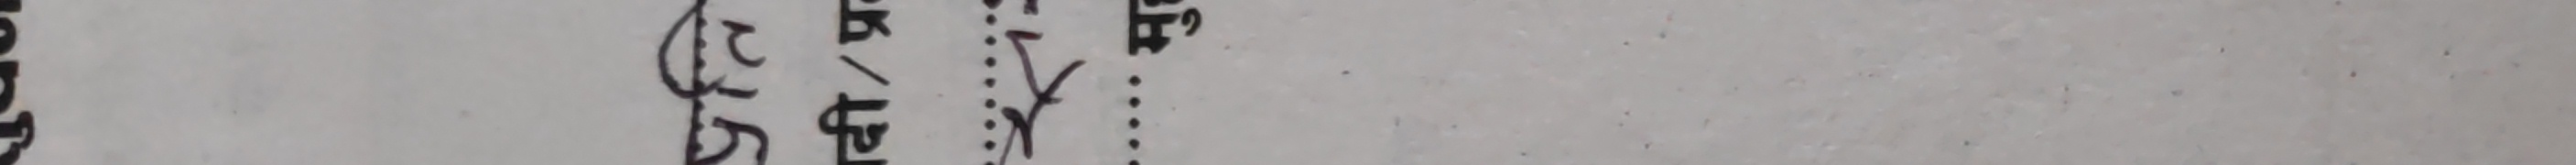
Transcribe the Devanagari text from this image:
गणना
२ १ १ ८
५ ३ ४ ४ १